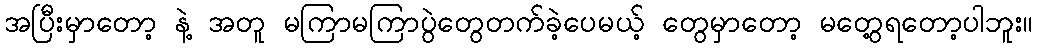
အပြီးမှာတော့ နဲ့ အတူ မကြာမကြာပွဲတွေတက်ခဲ့ပေမယ့် တွေမှာတော့ မတွေ့ရတော့ပါဘူး။